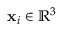
\mathbf { x } _ { i } \in \mathbb { R } ^ { 3 }